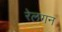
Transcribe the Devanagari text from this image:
रेलगन